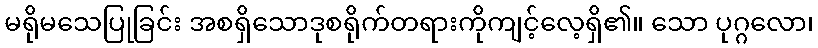
မရိုမသေပြုခြင်း အစရှိသောဒုစရိုက်တရားကိုကျင့်လေ့ရှိ၏။ သော ပုဂ္ဂလော၊